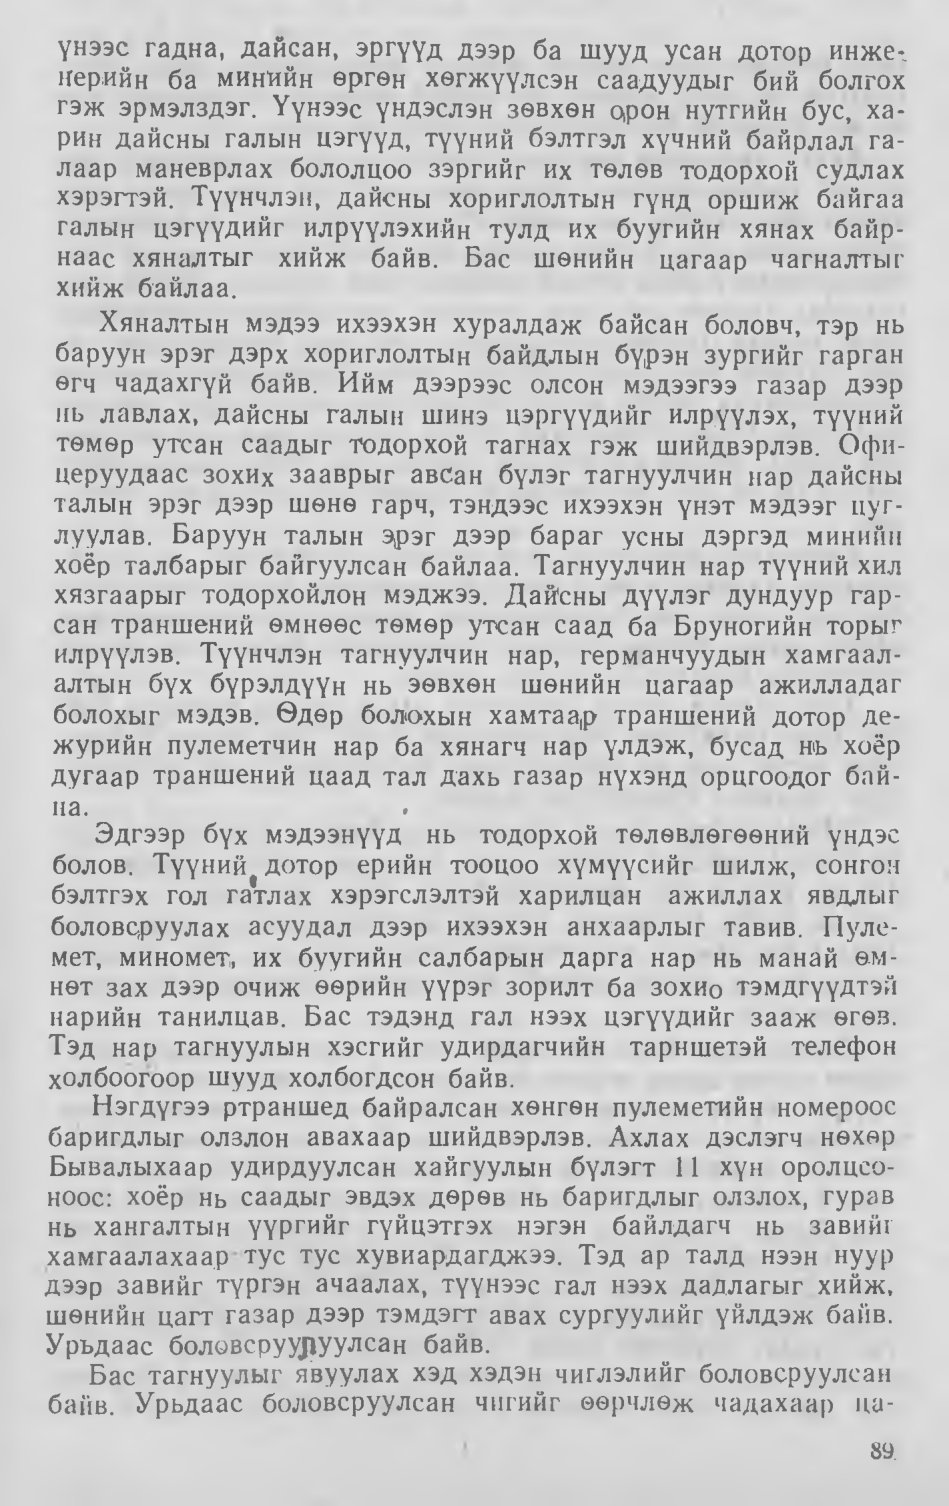
Language: mn